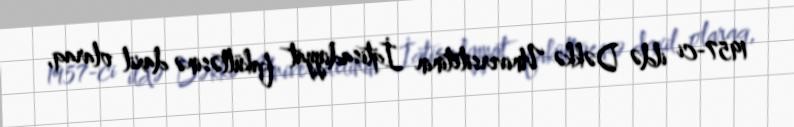
1957-ci ildə Dəkkə Universitetinin İqtisadiyyat fakültəsinə daxil olaraq,